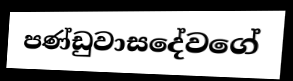
පණ්ඩුවාසදේවගේ